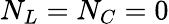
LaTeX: N_{L}=N_{C}=0